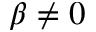
\beta \neq 0